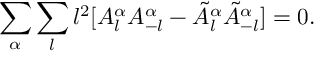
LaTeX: \sum _ { \alpha } \sum _ { l } l ^ { 2 } [ A _ { l } ^ { \alpha } A _ { - l } ^ { \alpha } - \tilde { A } _ { l } ^ { \alpha } \tilde { A } _ { - l } ^ { \alpha } ] = 0 .